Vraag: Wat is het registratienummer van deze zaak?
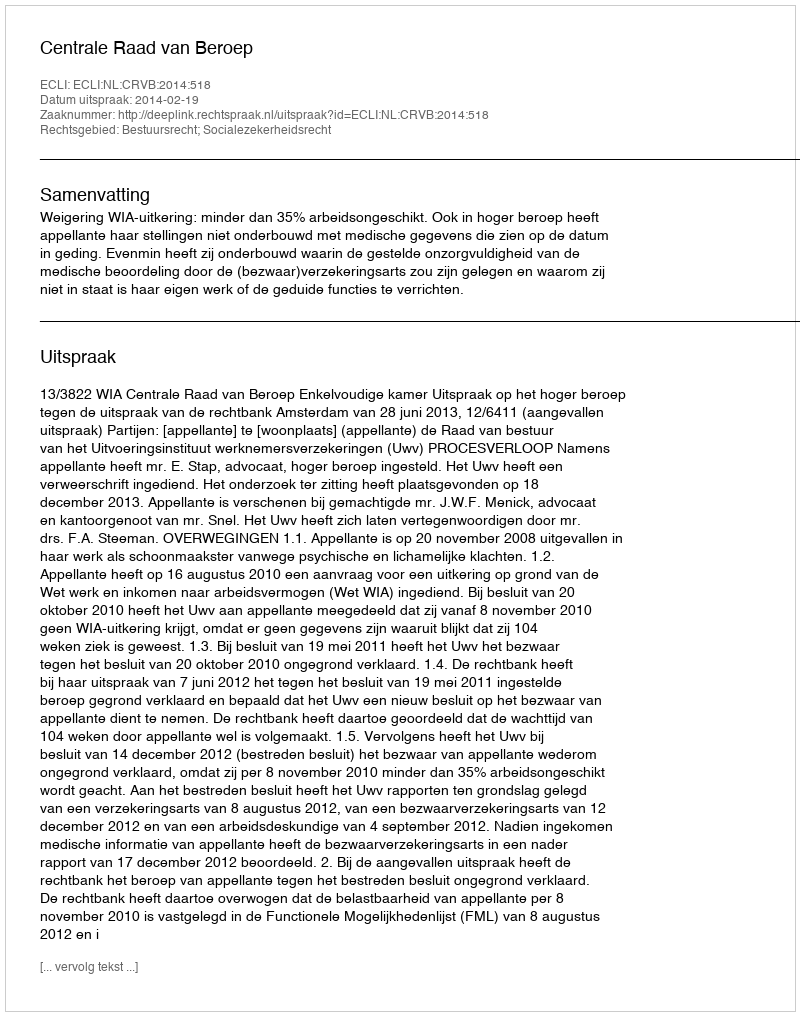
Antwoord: http://deeplink.rechtspraak.nl/uitspraak?id=ECLI:NL:CRVB:2014:518